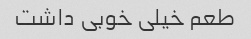
طعم خیلی خوبی داشت